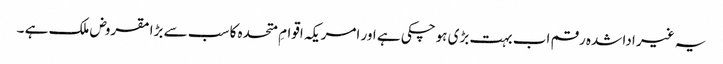
یہ غیر ادا شدہ رقم اب بہت بڑی ہوچکی ہے اور امریکہ اقوامِ متحدہ کا سب سے بڑا مقروض ملک ہے ۔